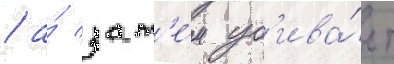
/ а́ зат'е́м уб'ива́ет